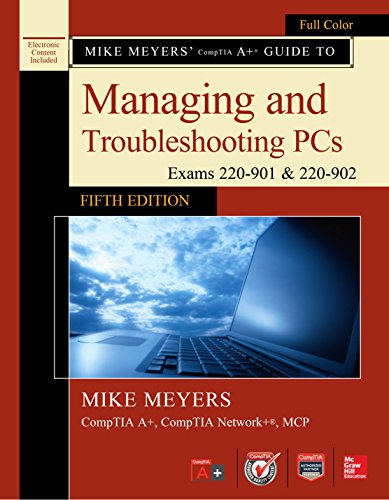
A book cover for Mike Meyers' CompTIA A+ Guide to Managing and Troubleshooting PCs, Fifth Edition (Exams 220-901 & 220-902); Mike Meyers; Computers & Technology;